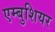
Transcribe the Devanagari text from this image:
एम्बुशियर